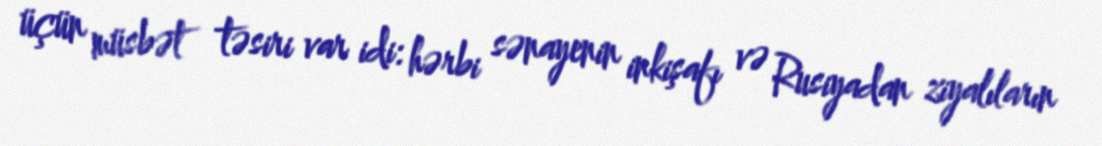
üçün müsbət təsiri var idi: hərbi sənayenin inkişafı və Rusiyadan ziyalıların